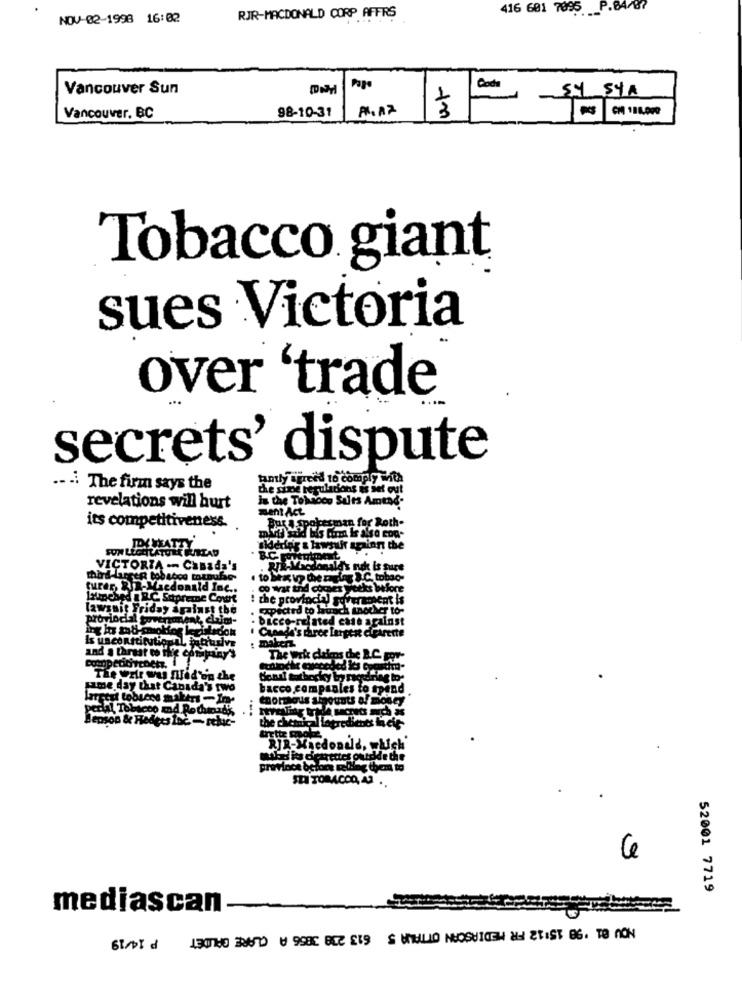
416 601 7085
P.84/87
NOV-02-1998 16:02
RJR-MACDONALD CORP AFFIRS
Vancouver Sun
Page
Code
sy STA
98-10-31 A417
3
Vancouver, BC
Tobacco giant
sues Victoria
over 'trade
secrets' dispute
greed to comply with
.- - The firm says the
the sine reguladons is set out
is the Tobacco Salts Amtne-
revelations will hurt
ment Act
Par a spokesman for Roth-
its competitiveness.
FUN LIGHTATORE CUREAD
the
VICTORIA -- Canada's
Mcdonald's nok is sure
third Langen tobacco mlp
to Sex up the magiag &C. tobao-
fures, RIR-Macdonald Inc ..
co Var tod comes weeks before
launched a R.C. Supreme Court
Trasent is
lawsuit Friday against the
Expected to latach inother to-
provincial tove
· bicco-related case against
: makerz
. Cuando's three Larger cifirette
and a threat to ilie constrainy"
The Wrk clalens che B.C. For-
muitoche cuccoded ics cocacha-
The writ was filed on the
Fame day that Canada's two
bacco companies to spend
largest tobuens makers -In-
perial Tobacco mad Rocher
Benson & Hedges Inc. - reluc-
the chemical logredients la
RJR-Macdonald, which
province before melding thema to
SZI TOBACCO, 41 .
Ce
52001 7719
mediascan